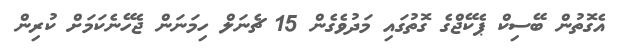
އެގޮތުން ބޭސިކް ޕެކޭޖްގެ ގޮތުގައި މަދުވެގެން 15 ޗެނަލް ހިމަނަން ޖެހޭނެކަމަށް ކުރިން